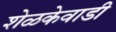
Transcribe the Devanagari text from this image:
शेळकेवाडी